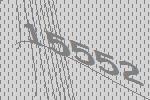
15552